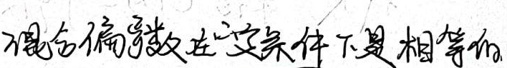
混合偏导数在一定条件下是相等的。